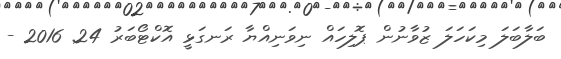
ބަލާބަލަ މިކަހަލަ ޒުވާނުން ޕޮލިހައް ނިވަނިއްޔާ ރަނގަޅީ އޮކްޓޯބަރު 24